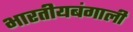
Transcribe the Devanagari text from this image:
भारतीयबंगाली